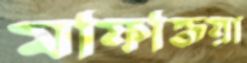
মফিজিয়া